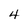
Character: 4